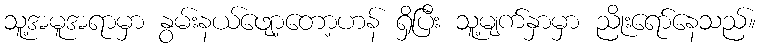
သူ့အမူအရာမှာ နွမ်းနယ်ဖျော့တော့ဟန် ရှိပြီး သူ့မျက်နှာမှာ ညိုးရော်နေသည်။